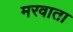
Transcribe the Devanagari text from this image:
मरवाता